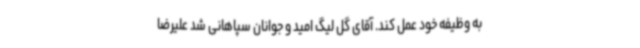
به وظیفه خود عمل کند. آقای گل لیگ امید و جوانان سپاهانی شد علیرضا